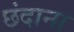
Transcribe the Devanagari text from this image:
छंदाना